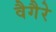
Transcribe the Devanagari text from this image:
वैगैरे